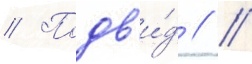
// Подв'и́д // /